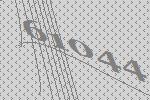
61044